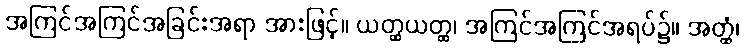
အကြင်အကြင်အခြင်းအရာ အားဖြင့်။ ယတ္ထယတ္ထ၊ အကြင်အကြင်အရပ်၌။ အတ္ထံ၊